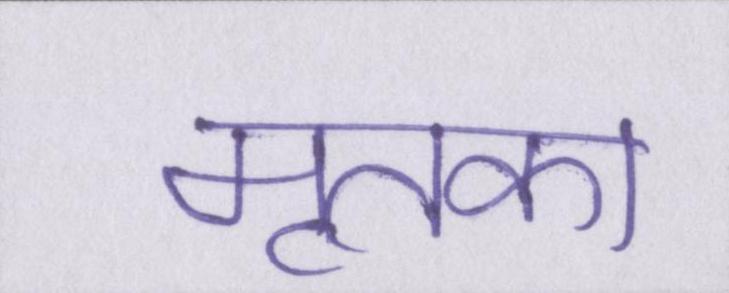
मृतका